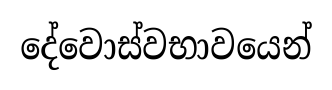
දේවොස්වභාවයෙන්